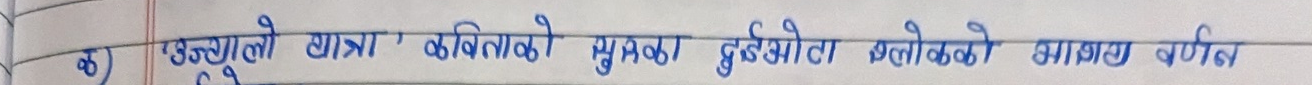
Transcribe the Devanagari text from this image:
क) उन्ले छात्रा कविताको मुखका दुइओटा श्लोकको भासय वर्णिन